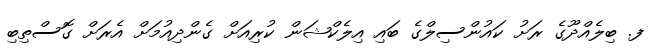
ފ. ބިލެއްދޫގެ ރަށު ކައުންސިލްގެ ބައި އިލެކްޝަން ކުރިއަށް ގެންދިއުމަށް އެރަށް ގޮސްތިބި